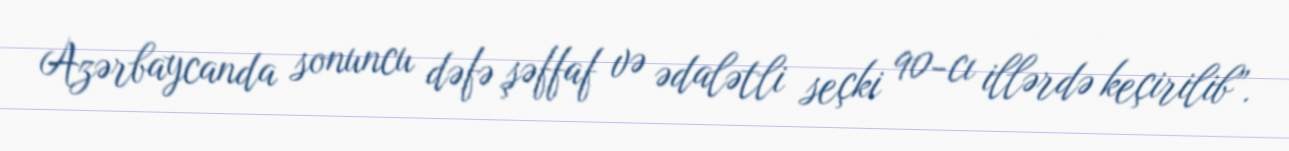
Azərbaycanda sonuncu dəfə şəffaf və ədalətli seçki 90-cı illərdə keçirilib”.